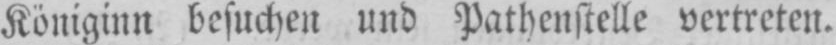
Königinn besuchen und Pathenstelle vertreten.